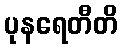
ပုနရေတီတိ